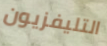
التليفزيون